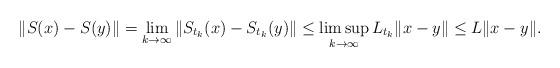
LaTeX: \begin{align*}\|S(x) - S(y)\| = \lim\limits_{k \to \infty}\|S_{t_k}(x) - S_{t_k}(y)\| \leq \limsup_{k \to \infty} L_{t_k}\|x - y\| \leq L\|x-y\|.\end{align*}